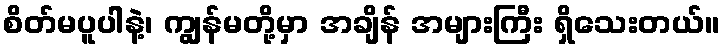
စိတ်မပူပါနဲ့၊ ကျွန်မတို့မှာ အချိန် အများကြီး ရှိသေးတယ်။